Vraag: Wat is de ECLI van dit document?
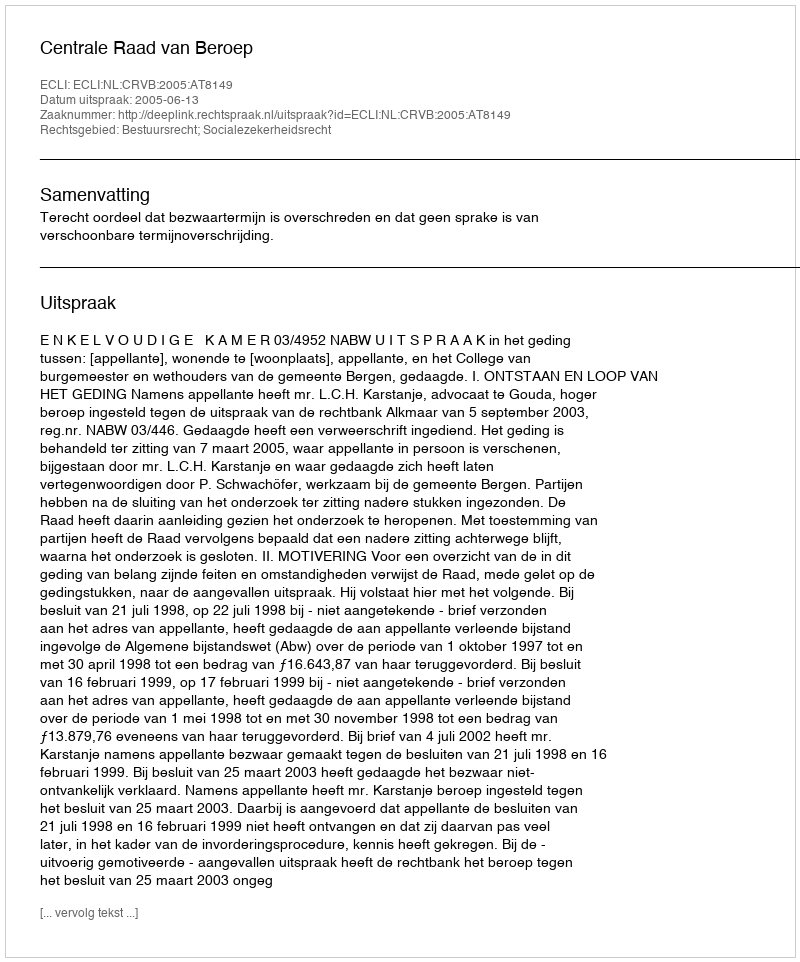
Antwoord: ECLI:NL:CRVB:2005:AT8149